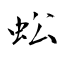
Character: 蚣